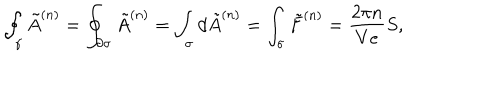
LaTeX: \oint _ { \gamma } \tilde { A } ^ { ( n ) } = \oint _ { \partial \sigma } \tilde { A } ^ { ( n ) } = \int _ { \sigma } d \tilde { A } ^ { ( n ) } = \int _ { \sigma } \tilde { F } ^ { ( n ) } = \frac { 2 \pi n } { V e } S ,